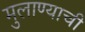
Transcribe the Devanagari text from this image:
मुलाण्याची